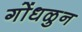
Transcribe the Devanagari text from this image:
गोंधळुन